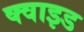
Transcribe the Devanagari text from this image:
क्वाइड